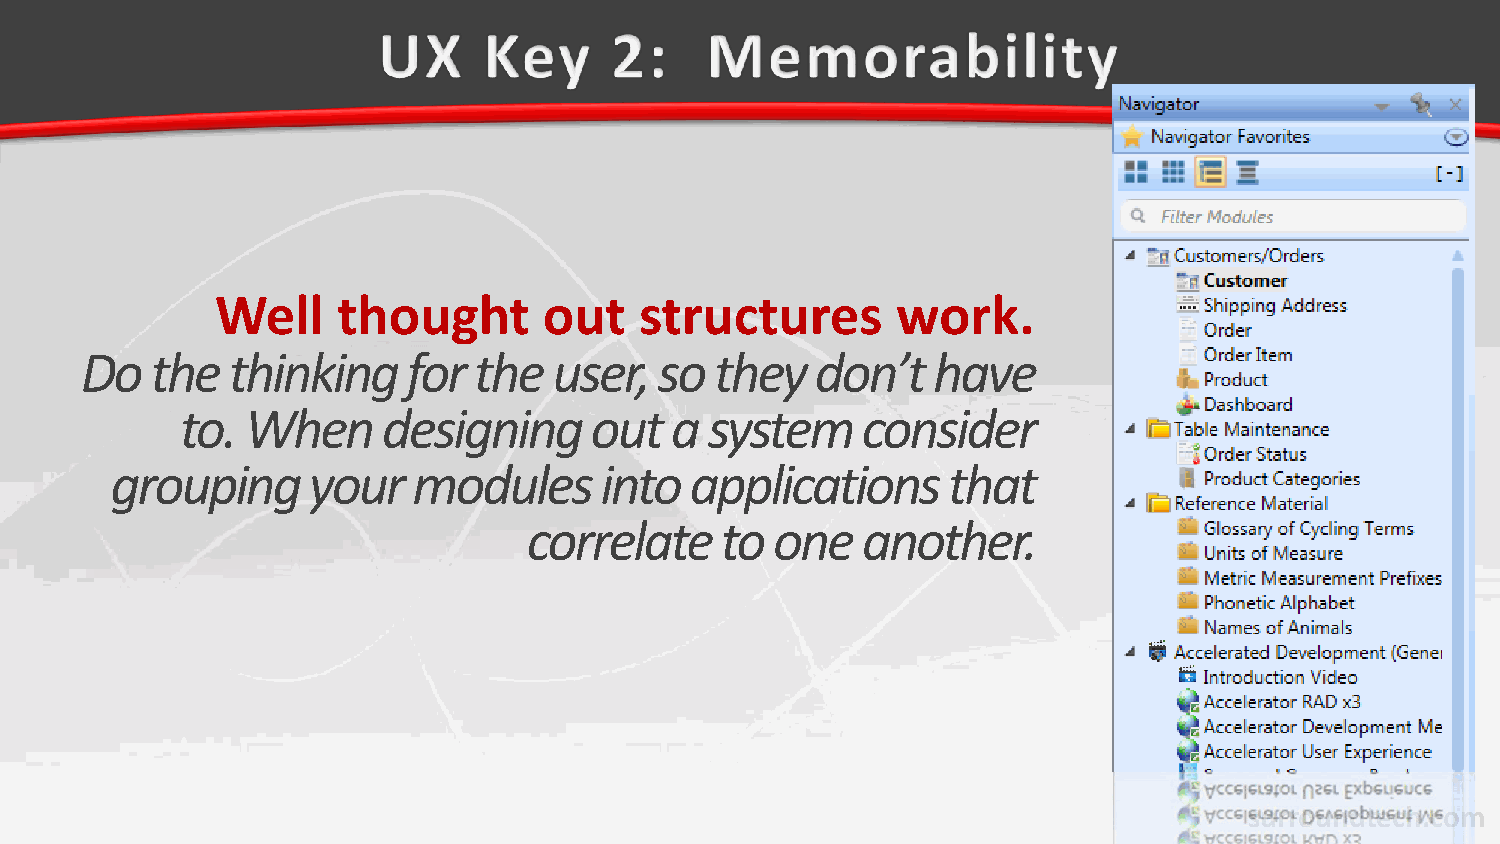
Well    thought       out   structures       work.
 Do   the  thinking    for the   user,  so they   don’t   have
 to. When     designing     out  a  system    consider
 grouping     your   modules      into  applications     that
 correlate    to one   another.
 surroundtech.com